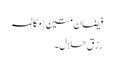
فیضان متین | مکالمہ
رزقِ حلال۔